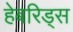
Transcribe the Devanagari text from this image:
हेबरिड्स